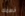
خصمك